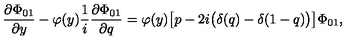
\frac { \partial \Phi _ { 0 1 } } { \partial y } - \varphi ( y ) \frac 1 i \frac { \partial \Phi _ { 0 1 } } { \partial q } = \varphi ( y ) \bigl [ p - 2 i \bigl ( \delta ( q ) - \delta ( 1 - q ) \bigr ) \bigr ] \Phi _ { 0 1 } ,